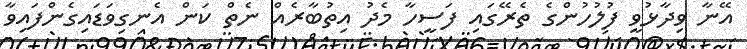
އޭނާ ވިދާޅުވީ ފުލުހުންގެ ތެރޭގައި ފަސީހާ މެދު އިތުބާރެއް ނެތް ކަން އެނގިވަޑައިގެންފައިވާ